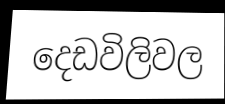
දෙඩවිලිවල